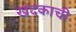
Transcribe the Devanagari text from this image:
खंदकाची